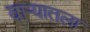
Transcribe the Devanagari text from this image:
वार्‍यातला